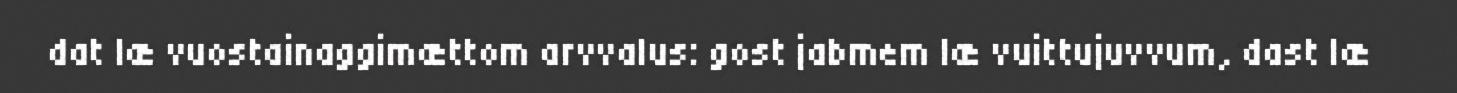
dat læ vuostainaggimættom arvvalus: gost jabmem læ vuittujuvvum, dast læ